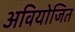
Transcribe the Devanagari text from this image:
अवियोजित